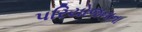
પરિયોજનાના